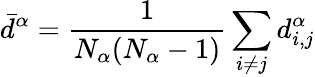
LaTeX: \displaystyle\bar{d}^{\alpha}=\frac{1}{N_{\alpha}(N_{\alpha}-1)}\sum_{i\neq j}{d_{i,j}^{\alpha}}